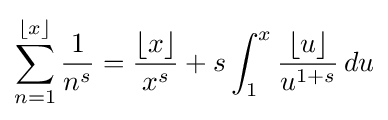
\sum _{n=1}^{\lfloor x\rfloor }{\frac {1}{n^{s}}}={\frac {\lfloor x\rfloor }{x^{s}}}+s\int _{1}^{x}{\frac {\lfloor u\rfloor }{u^{1+s}}}\,du